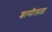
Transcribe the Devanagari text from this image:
शामीलता